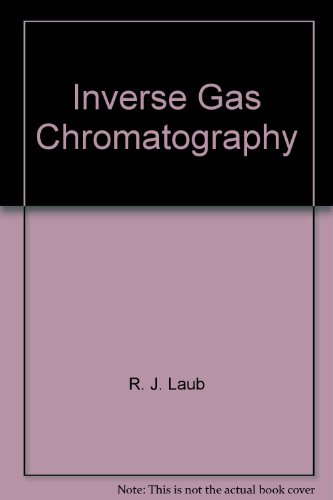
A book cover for Inverse Gas Chromatography; R. J. Laub; Science & Math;